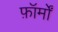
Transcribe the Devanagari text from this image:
फ़ॉर्मों